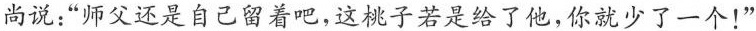
和尚说：“师父还是自己留着吧，这桃子若是给了他，你就少了一个！”